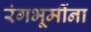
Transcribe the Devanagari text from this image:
रंगभूमींना